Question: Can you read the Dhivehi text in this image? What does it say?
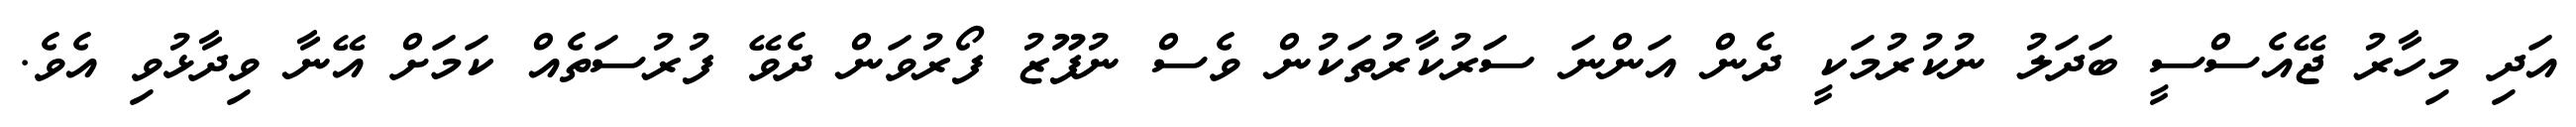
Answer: އަދި މިހާރު ޖޭއެސްސީ ބަދަލު ނުކުރުމަކީ ދެން އަންނަ ސަރުކާރުތަކުން ވެސް ނުފޫޒު ފޯރުވަން ދެވޭ ފުރުސަތެއް ކަމަށް އޭނާ ވިދާޅުވި އެވެ.